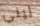
ليني